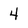
Character: 4